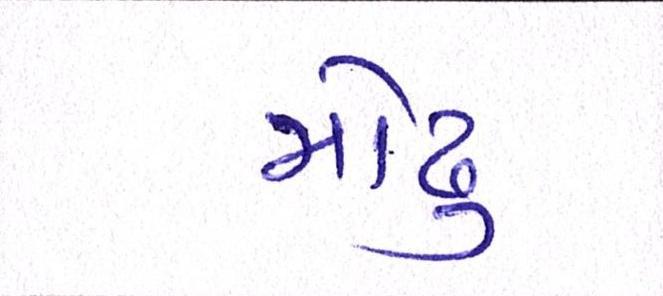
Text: મોઢુ